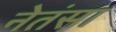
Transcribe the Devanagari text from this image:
नेतंसा